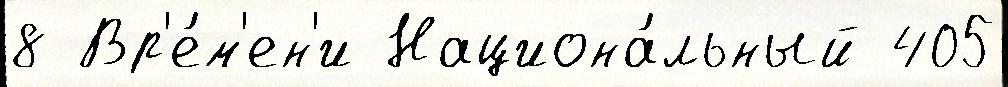
8 Вр'е́м'ен'и Национа́льный 405